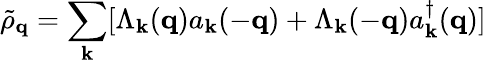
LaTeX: {\tilde{\rho}}_{{\mathbf{q}}}=\sum_{{\mathbf{k}}}[\Lambda_{{\mathbf{k}}}({\mathbf{q}})a_{{\mathbf{k}}}(-{\mathbf{q}})+\Lambda_{{\mathbf{k}}}(-{\mathbf{q}})a_{{\mathbf{k}}}^{\dagger}({\mathbf{q}})]